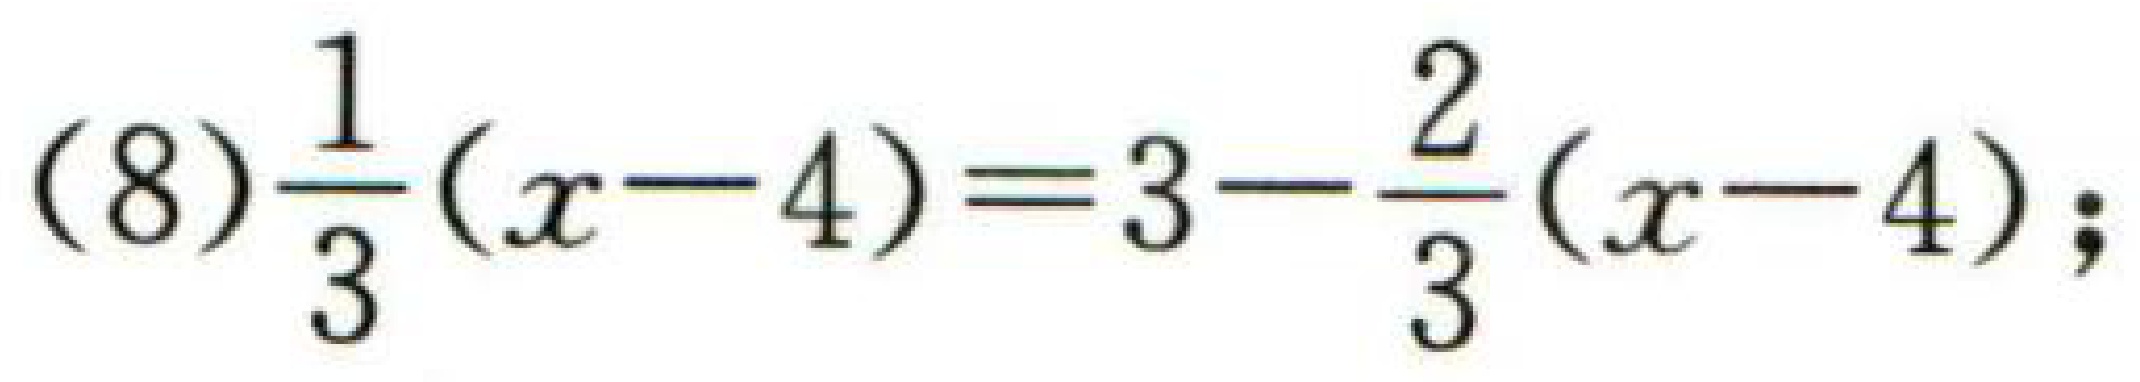
(8)$\frac{1}{3}(x - 4)=3-\frac{2}{3}(x - 4)$;